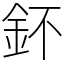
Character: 鈈